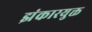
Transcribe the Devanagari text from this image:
झंकारयुक्त